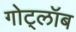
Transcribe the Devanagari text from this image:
गोट्लॉब